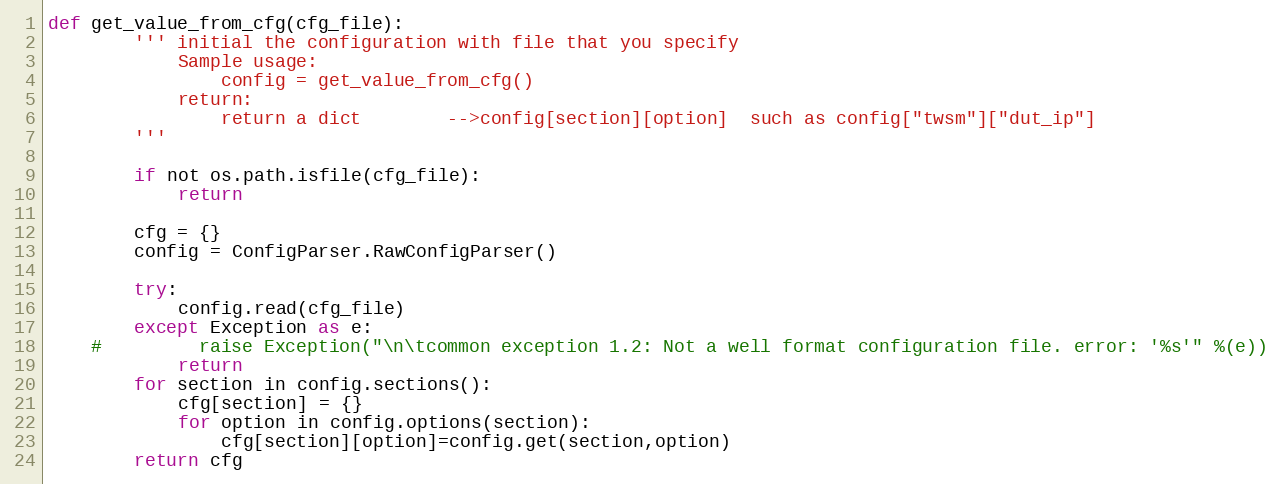
Language: Python
def get_value_from_cfg(cfg_file):
        ''' initial the configuration with file that you specify
            Sample usage:
                config = get_value_from_cfg()
            return:
                return a dict        -->config[section][option]  such as config["twsm"]["dut_ip"]
        '''

        if not os.path.isfile(cfg_file):
            return

        cfg = {}
        config = ConfigParser.RawConfigParser()

        try:
            config.read(cfg_file)
        except Exception as e:
    #         raise Exception("\n\tcommon exception 1.2: Not a well format configuration file. error: '%s'" %(e))
            return
        for section in config.sections():
            cfg[section] = {}
            for option in config.options(section):
                cfg[section][option]=config.get(section,option)
        return cfg